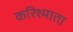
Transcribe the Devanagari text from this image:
करिश्माता